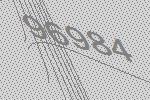
96984